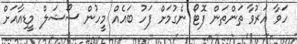
ހަވާ އަރުވާ ތަންތަން ފޮޓޯ ނެގުމަށް ފަހު ބައެއް މީހުން ސޯޝަލް މީޑިއާއަށް